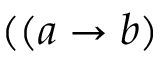
( ( a \rightarrow b )